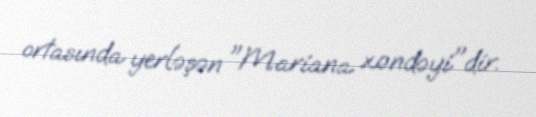
ortasında yerləşən "Mariana xəndəyi"dir.